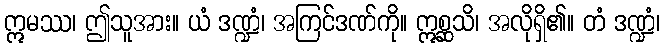
ဣမဿ၊ ဤသူအား။ ယံ ဒဏ္ဍံ၊ အကြင်ဒဏ်ကို။ ဣစ္ဆသိ၊ အလိုရှိ၏။ တံ ဒဏ္ဍံ၊